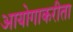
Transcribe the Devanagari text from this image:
आयोगाकरीता